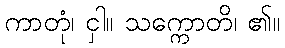
ကာတုံ၊ ငှါ။ သက္ကောတိ၊ ၏။